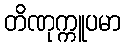
တိဏုက္ကူပမာ